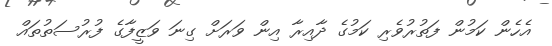
އެހެން ކަމުން ފަތުރުވެރި ކަމުގެ ދާއިރާ އިން ވަރަށް ގިނަ ވަޒީފާގެ ފުރުސަތުތައް